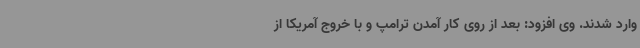
وارد شدند. وی افزود: بعد از روی کار آمدن ترامپ و با خروج آمریکا از